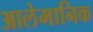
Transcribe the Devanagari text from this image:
आलेमानिक